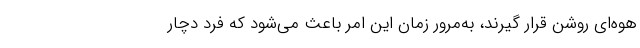
هوه‌ای روشن قرار گیرند، به‌مرور زمان این امر باعث می‌شود که فرد دچار